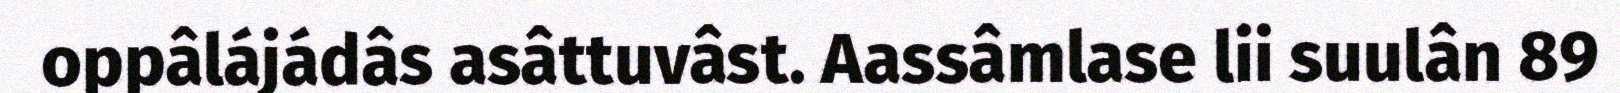
oppâlájádâs asâttuvâst. Aassâmlase lii suulân 89